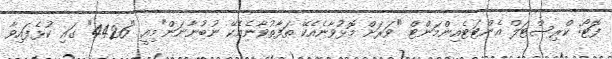
ފޮޓޯ: ކްރިސްޓަލް އެންޓަޓެއިންމަންޓް "ވަރަށް މޮޅުވާނެއެކޭ ތަފާތުވާނެއެކޭ ނުބުނާނަން"މިއީ "4426" ގައި ކުޅެފައިވާ